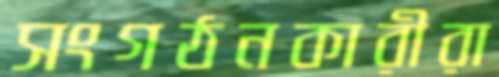
সংগঠনকারীরা